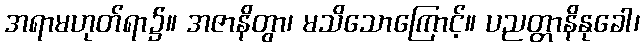
အရာမဟုတ်ရာ၌။ အဇာနိတွာ၊ မသိသောကြောင့်။ ပညတ္တာနိနုခေါ၊